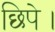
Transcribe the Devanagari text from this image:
छिपे।